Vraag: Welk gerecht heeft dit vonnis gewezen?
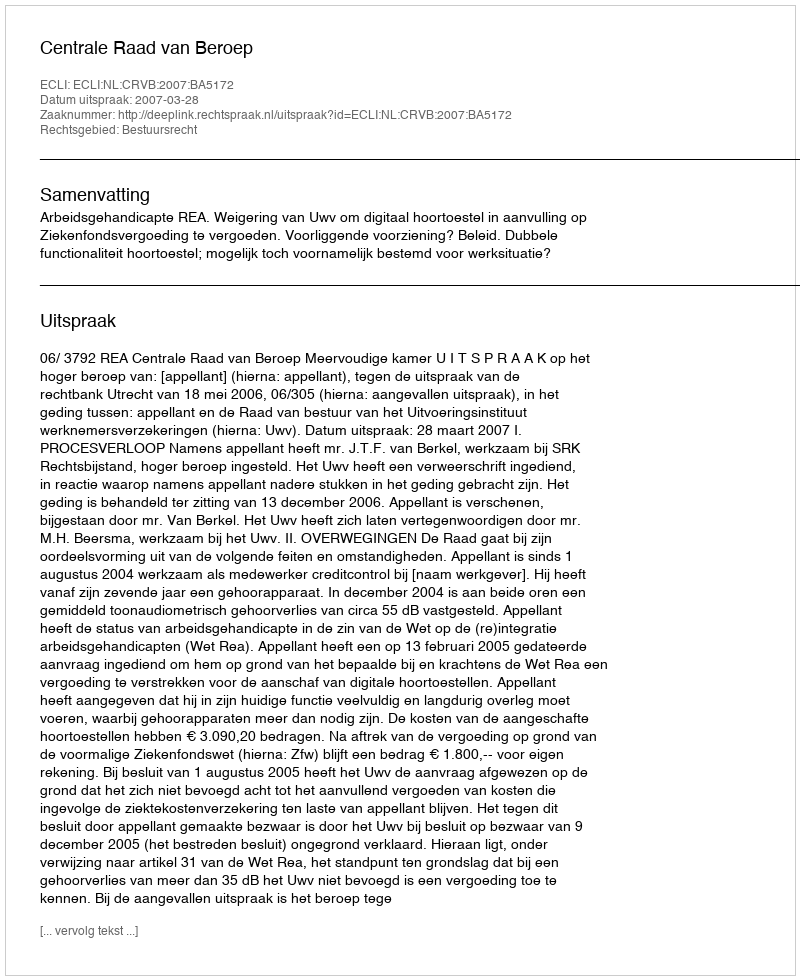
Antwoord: Centrale Raad van Beroep